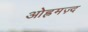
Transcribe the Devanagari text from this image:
ओह्रमज़्द